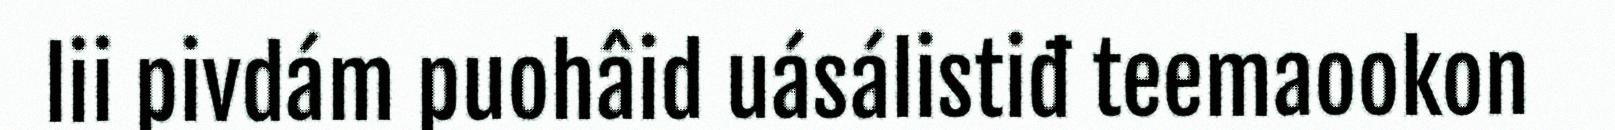
lii pivdám puohâid uásálistiđ teemaookon